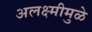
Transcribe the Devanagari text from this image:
अलक्ष्मीमुळे